Document type: Grant
Year: 1403
Scribe: Berenguer Pedrosell
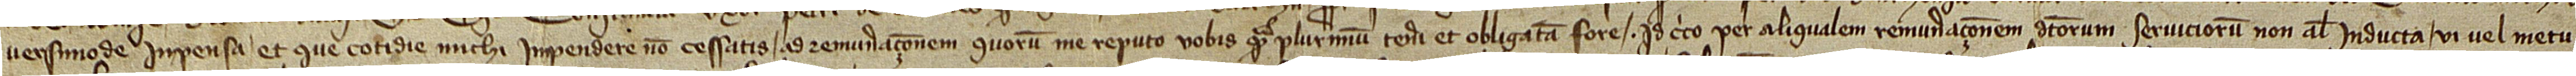
versi mode inpensa et que cotidie michi impendere non cessatis, ad remuneraçionem quorum me reputo vobis quam plurimum teneri et obligatam fore, idcirco per aliqualem remuneraçionem dictorum serviciorum, non aliter inducta, vi vel metu